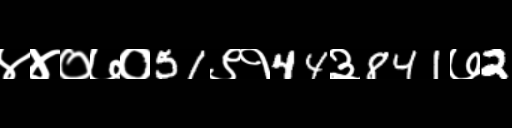
Text: ४४०७०51९१44३841७2